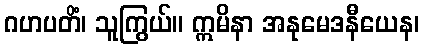
ဂဟပတိံ၊ သူကြွယ်။ ဣမိနာ အနုမေဒနီယေန၊